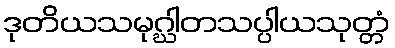
ဒုတိယသမုဂ္ဃါတသပ္ပါယသုတ္တံ